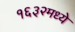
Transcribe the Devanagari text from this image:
१६३२मध्ये